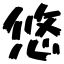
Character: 悠